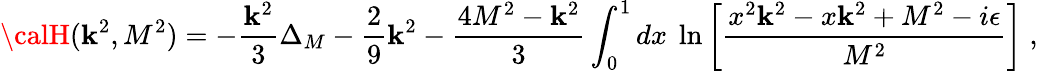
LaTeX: {\calH}(\mathbf{k}^{2},M^{2})=-\frac{{\mathbf{k}^{2}}}{{3}}\Delta_{M}-\frac{{2}}{{9}}\mathbf{k}^{2}-\frac{{4M^{2}-\mathbf{k}^{2}}}{{3}}\int_{0}^{1}dx~\ln\left[\frac{{{x^{2}\mathbf{k}^{2}-x\mathbf{k}^{2}+M^{2}-i\epsilon}}}{{M^{2}}}\right]\; ,